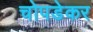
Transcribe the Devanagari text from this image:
चोपडेकर